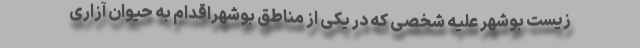
زیست بوشهر علیه شخصی که در یکی از مناطق بوشهراقدام به حیوان آزاری